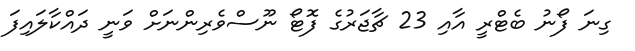
ގިނަ ފޯނު ބެޓްރީ އާއި 23 ޗާޖަރުގެ ފޮޓޯ ނޫސްވެރިންނަށް ވަނީ ދައްކާލައިފަ